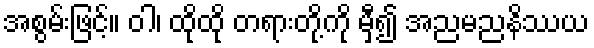
အစွမ်းဖြင့်။ ဝါ၊ ထိုထို တရားတို့ကို မှီ၍ အညမညနိဿယ